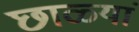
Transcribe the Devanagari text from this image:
छाळ्यां